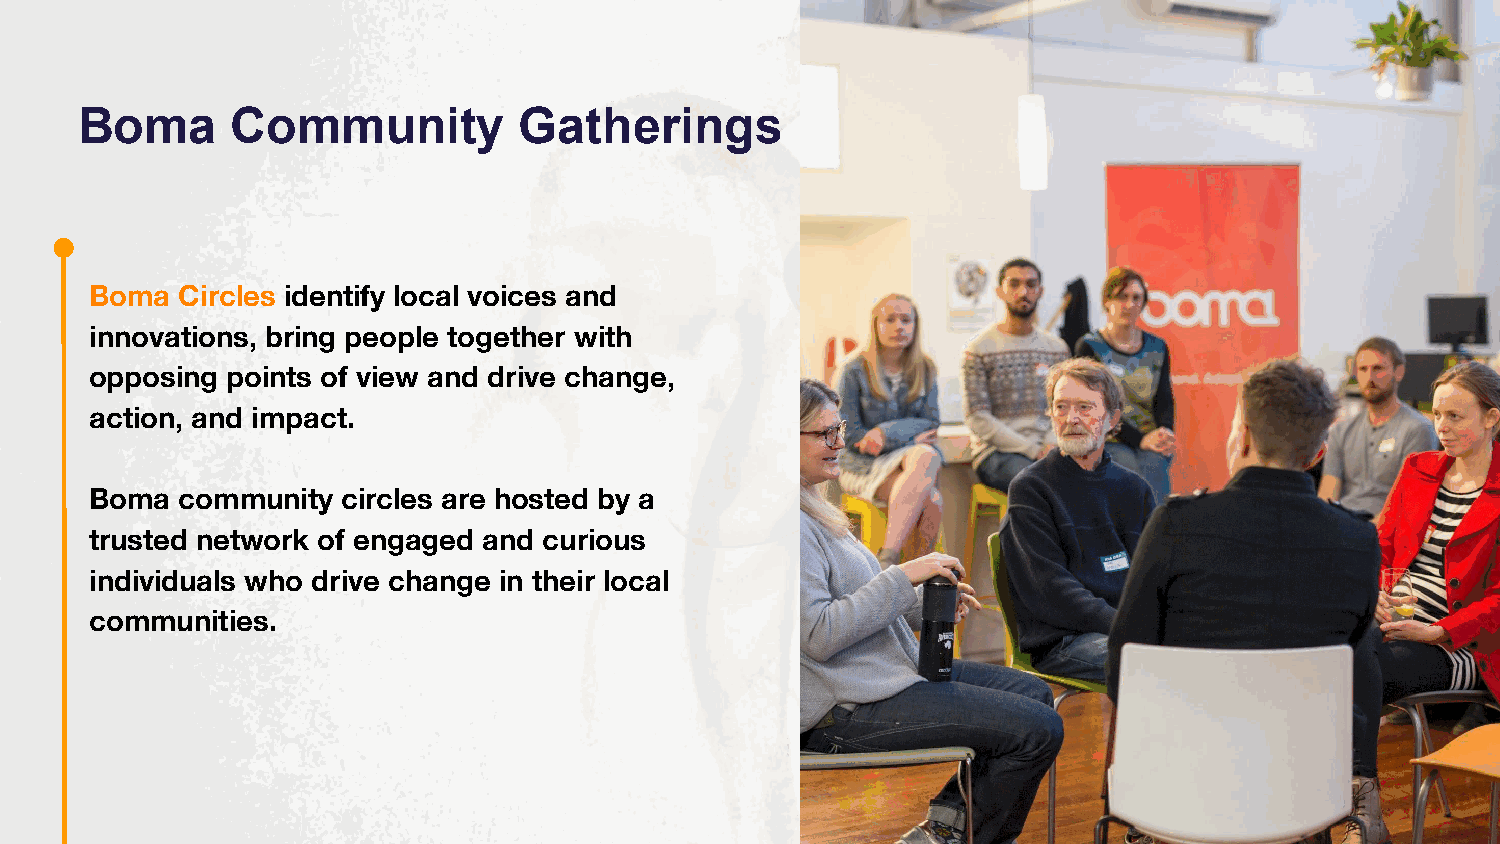
Boma      Community          Gatherings
 Boma  Circles identify local voices and
 innovations, bring people together with
 opposing points of view and drive change,
 action, and impact.
 Boma  community  circles are hosted by a
 trusted network of engaged and curious
 individuals who drive change in their local
 communities.